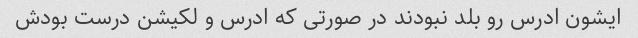
ایشون ادرس رو بلد نبودند در صورتی که ادرس و لکیشن درست بودش